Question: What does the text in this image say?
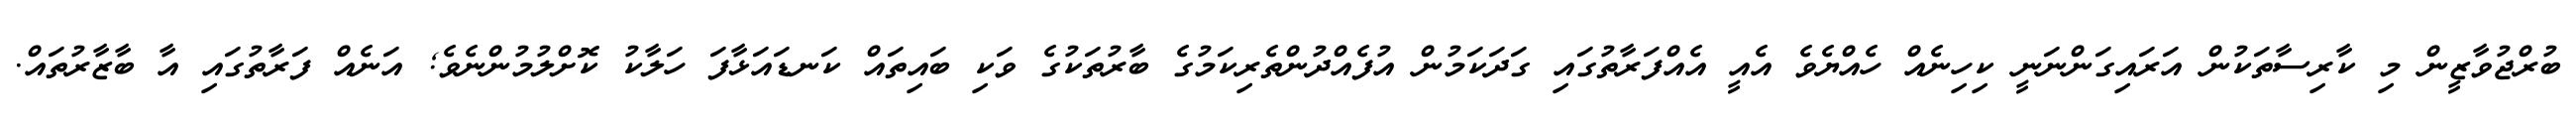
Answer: ބުރްޖުވާޒީން މި ކާރިސާތަކުން އަރައިގަންނަނީ ކިހިނެއް ހެއްޔެވެ އެއީ އެއްފަރާތުގައި ގަދަކަމުން އުފެއްދުންތެރިކަމުގެ ބާރުތަކުގެ ވަކި ބައިތައް ކަނޑައަޅާފަ ހަލާކު ކޮށްލުމުންނެވެ; އަނެއް ފަރާތުގައި އާ ބާޒާރުތައް.